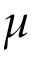
\mu